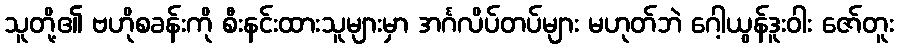
သူတို့၏ ဗဟိုစခန်းကို စီးနင်းထားသူများမှာ အင်္ဂလိပ်တပ်များ မဟုတ်ဘဲ ဂေါ့ယွန်ဒူးဝါး ဇော်တူး